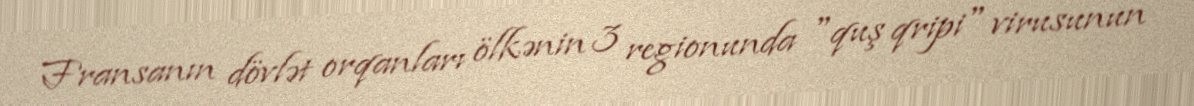
Fransanın dövlət orqanları ölkənin 3 regionunda "quş qripi" virusunun